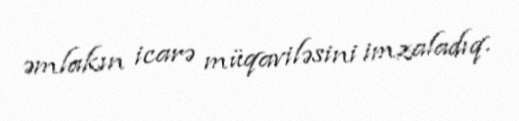
əmlakın icarə müqaviləsini imzaladıq.